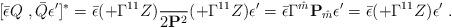
LaTeX: \begin{align*}[\bar \epsilon Q \ , \bar Q \epsilon' ]^* = \bar \epsilon (\sl +\Gamma^{11} Z) { \sl \over 2 {\bf P}^2} (\sl +\Gamma^{11} Z) \epsilon'=\bar \epsilon \Gamma^{\hat m} {\bf P}_{\hat m} \epsilon' = \bar \epsilon(\sl +\Gamma^{11} Z) \epsilon' \ .\end{align*}